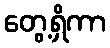
တွေ့ရှိကာ